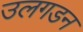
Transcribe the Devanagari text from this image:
उलगडन